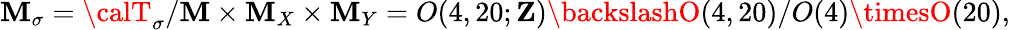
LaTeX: {\cal\mathbf{M}}_{\sigma}={\calT}_{\sigma}/{\cal\mathbf{M}}\times{\cal\mathbf{M}}_{X}\times{\cal\mathbf{M}}_{Y}=O(4,20;{\mathbf{Z}})\backslashO(4,20)/O(4)\timesO(20),